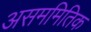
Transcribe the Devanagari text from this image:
असममितिक